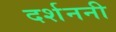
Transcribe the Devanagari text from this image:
दर्शननी